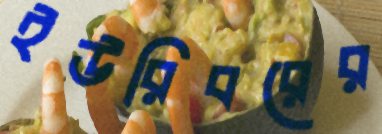
ইউরিবরের